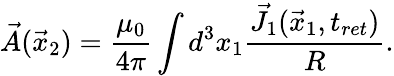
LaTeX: \vec{A}(\vec{x}_{2})=\frac{\mu_{0}}{4\pi}\int d^{3}x_{1}\frac{\vec{J}_{1}(\vec{x}_{1},t_{ret})}{R}.